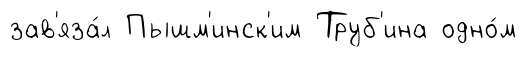
зав'яза́л Пышм'инск'им Труб'ина одно́м